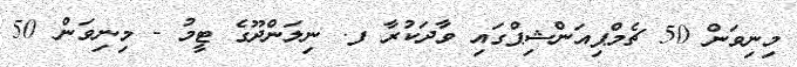
މިނިވަން 50 ޗެމްޕިއަންޝިޕްގައި ވާދަކުރާ ފ. ނިލަންދޫގެ ޓީމު - މިނިވަން 50